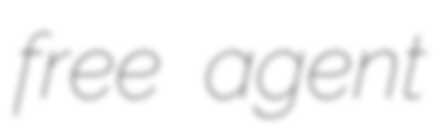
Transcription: free agent